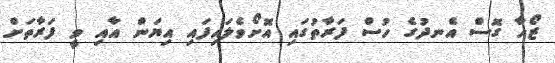
ޒޯހާ ގޮސް އެނދުގެ ހުސް ފަރާތުގައި އޮށޯވެލައިފައި އިޔަން އާއި ވީ ފަރާތަށް